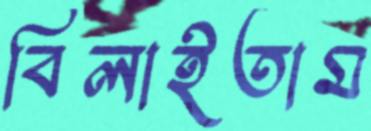
বিলাইতাম